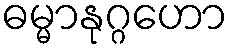
ဓမ္မာနုဂ္ဂဟော